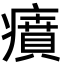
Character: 㿎